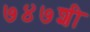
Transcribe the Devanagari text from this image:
७४७शी